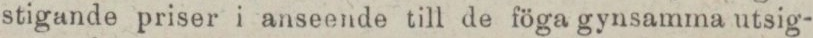
stigande priser i anseende till de föga gynsamma utsig-